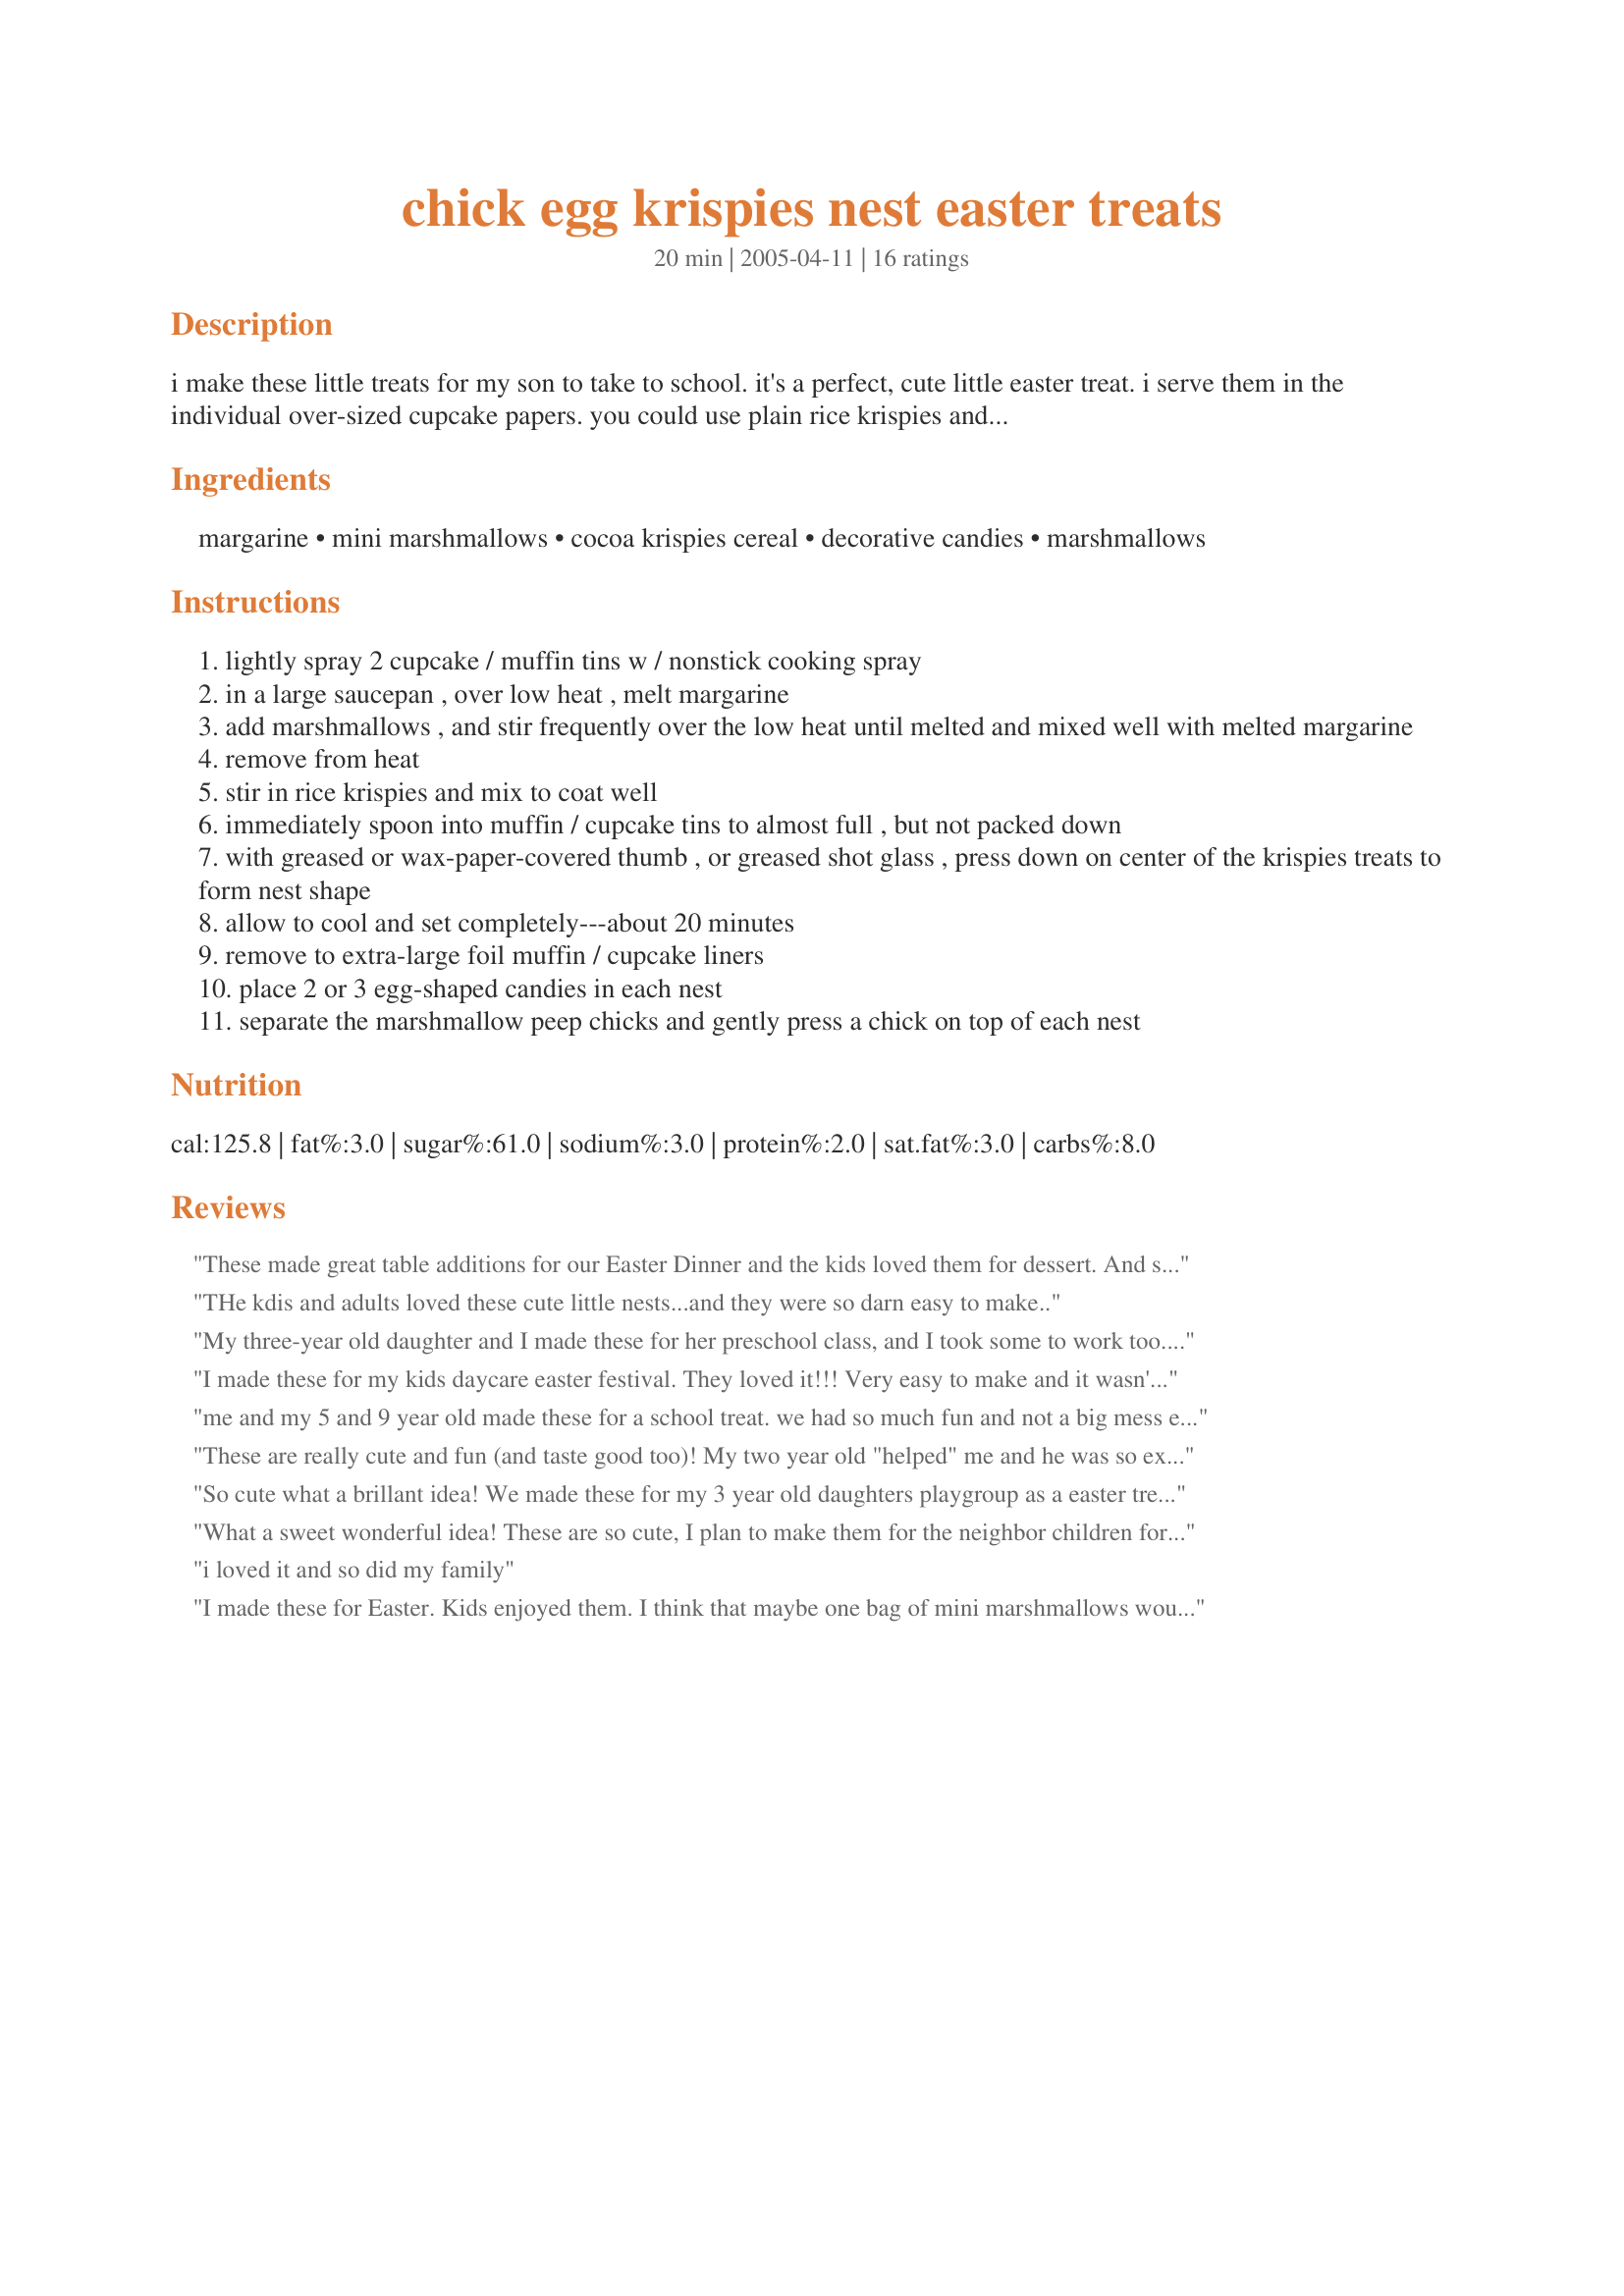
chick egg krispies nest easter treats
Preparation time: 20 minutes

i make these little treats for my son to take to school. it's a perfect, cute little easter treat. i serve them in the individual over-sized cupcake papers. you could use plain rice krispies and/or omit the chick.....still just as cute. prep time does not include cooling and setting time.

Ingredients:
margarine, mini marshmallows, cocoa krispies cereal, decorative candies, marshmallows

Steps:
lightly spray 2 cupcake / muffin tins w / nonstick cooking spray
in a large saucepan , over low heat , melt margarine
add marshmallows , and stir frequently over the low heat until melted and mixed well with melted margarine
remove from heat
stir in rice krispies and mix to coat well
immediately spoon into muffin / cupcake tins to almost full , but not packed down
with greased or wax-paper-covered thumb , or greased shot glass , press down on center of the krispies treats to form nest shape
allow to cool and set completely---about 20 minutes
remove to extra-large foil muffin / cupcake liners
place 2 or 3 egg-shaped candies in each nest
separate the marshmallow peep chicks and gently press a chick on top of each nest

Reviews:
These made great table additions for our Easter Dinner and the kids loved them for dessert. And so easy to make. The kids will want them again next year.
THe kdis and adults loved these cute little nests...and they were so darn easy to make..
My three-year old daughter and I made these for her preschool class, and I took some to work too. They're a huge hit with all ages! I didn't put them in cupcake holders, just set them on foil trays after they set up and they did fine, though I may try the holders next year to see the difference. I used malted milk chocolate mini robin's eggs and regular Rice Krispies (couldn't find the cocoa where I stopped - next time I will try to find the cocoa again or add cocoa powder as another reviewer suggested just to give these a "twiggier" color). These are easy, delicious and we had lots of fun making them. We used all different color Peeps which was super cute but kept all the Peeps yellow on the kids' treats to avoid fighting over color preferences. :) Thanks for a new family tradition!
I made these for my kids daycare easter festival. They loved it!!! Very easy to make and it wasn't time consuming!! Thank you so much for this wonderful recipe!
me and my 5 and 9 year old made these for a school treat. we had so much fun and not a big mess either.
These are really cute and fun (and taste good too)! My two year old "helped" me and he was so excited about these. We used little malted robin eggs. I didn't read carefully and just packed the rice krispie mixture right into the cupcake liner. It actually worked out pretty well that way - they are easy enough to peel off.
So cute what a brillant idea! We made these for my 3 year old daughters playgroup as a easter treat for snack time.The teachers were really impressed and the kids loved them. Thanks for posting a great recipe Parsley!
What a sweet wonderful idea! These are so cute, I plan to make them for the neighbor children for Easter. Thanks for posting.
i loved it and so did my family
I made these for Easter. Kids enjoyed them. I think that maybe one bag of mini marshmallows would have been enough.
This was so easy. DD (almost 3) and DMIL helped make these. We used rice krispies and only did the jelly beans in the middle. Great fun project.
These were a big hit, thanks for posting!
Easy, fast and really cute! Used Cocoa Pebbles cereal and jellybeans only in the nests. Also added a bit of green tinted coconut under the jellybeans which I do not recommend because the kids just picked it out. Great recipe which was very popular with the kiddos. Thanks for sharing!
My four year old and I just got done making these. We had a blast. They are yummy too. Thanks for a fun recipe to spend time together.
I made these the other night with my 3 year old to take to an easter egg hunt at our church they were a big hit everyone commented on how cute they were, and the kids really got a kick out of the eggs the chick layed some were a little scared to eat the eggs until they figured out they were chocolate =). We will probably do this every year now next year I think i will buy different colored peeps. I dont really like peeps so i just take mine off and have just the nest with the eggs yummy! thank you for sharing this recipe!
These are really cute, I haven't eaten one yet but the look great, I used 1 Strawberry Malt egg and 2 Chocolate Mini Eggs in mine and it worked out great, they are so adorable, will look really cute on the bake sale table! I also used Rice Krispies cereal and added a small amount of cocoa to the marshmallow
